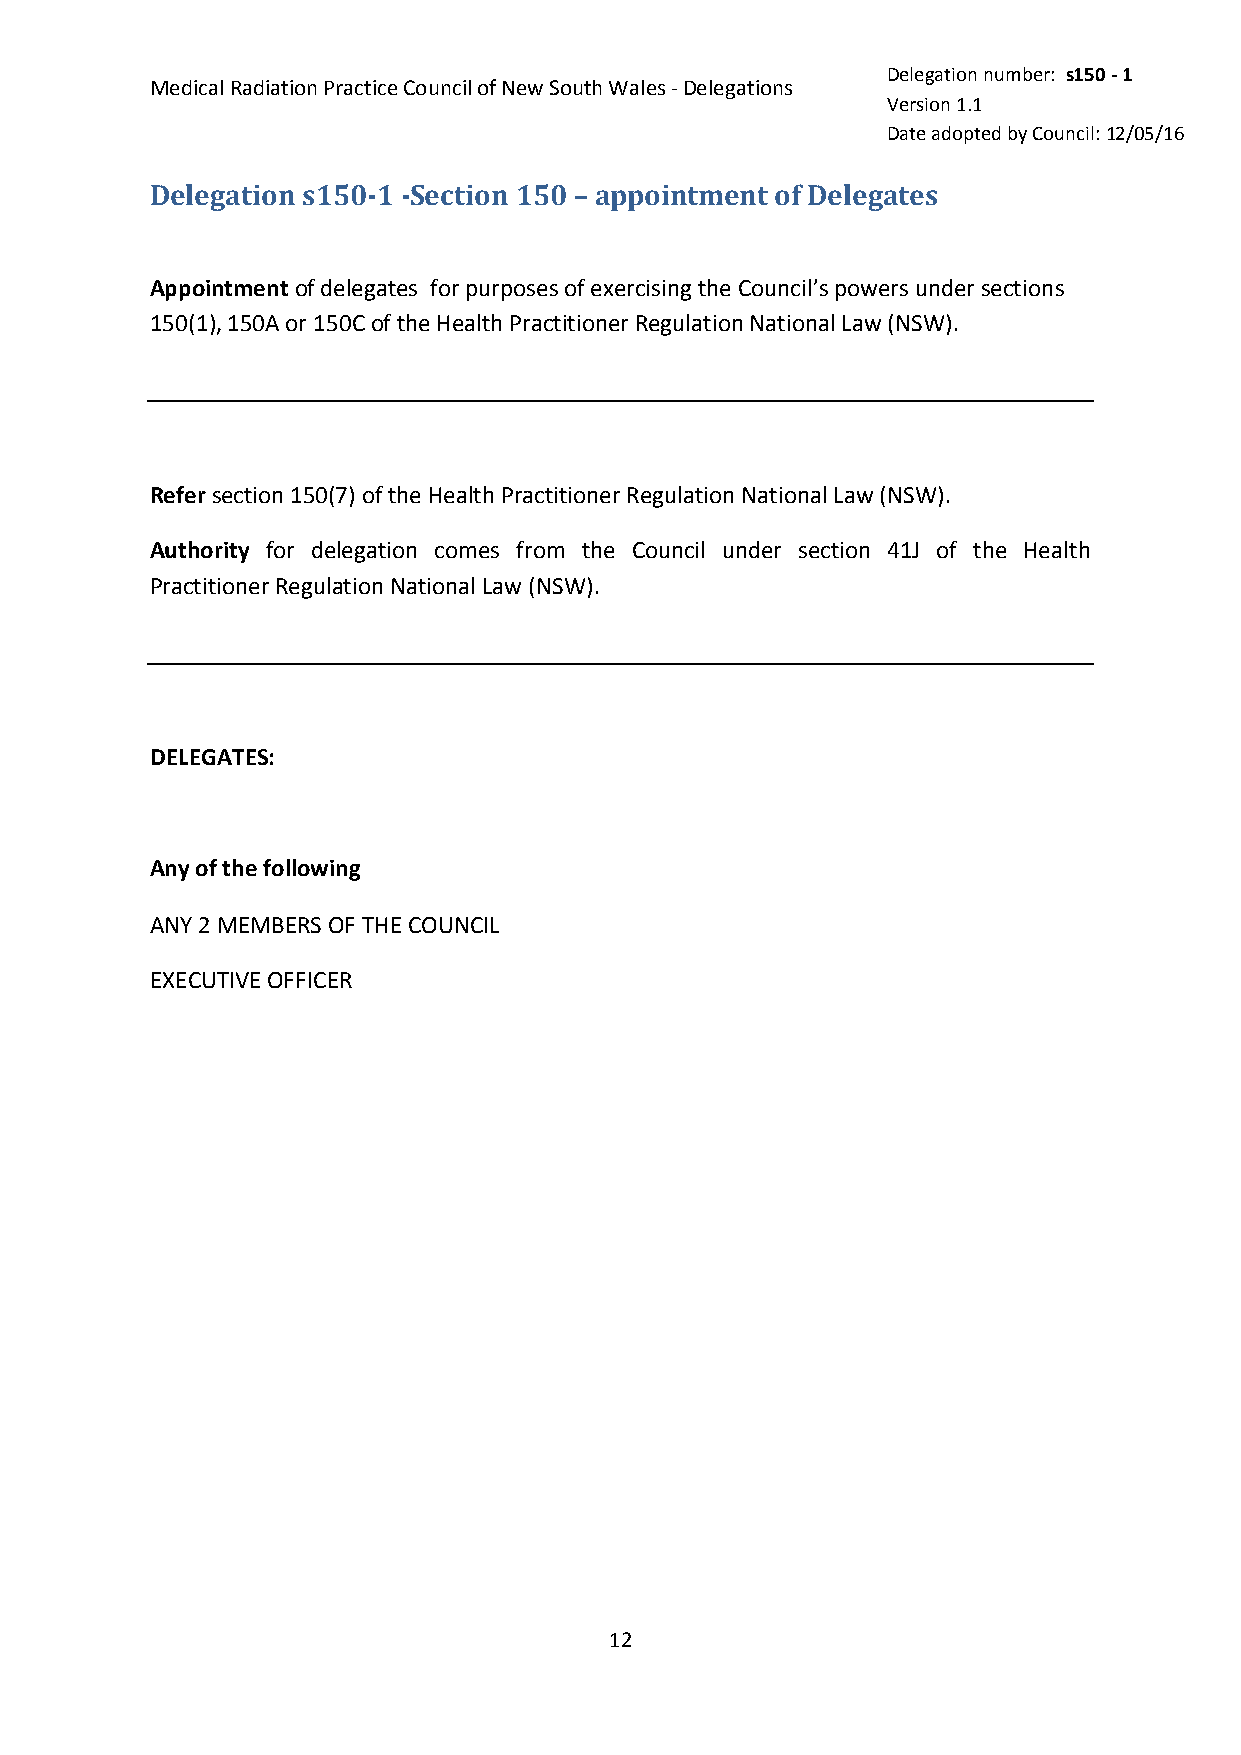
Delegation number: s150 - 1
 Medical Radiation Practice Council of New South Wales - Delegations
 Version 1.1
 Date adopted by Council: 12/05/16
 Delegation s150-1 -Section 150 – appointment of Delegates
 Appointment of delegates for purposes of exercising the Council’s powers under sections
 150(1), 150A or 150C of the Health Practitioner Regulation National Law (NSW).
 Refer section 150(7) of the Health Practitioner Regulation National Law (NSW).
 Authority for delegation comes from the Council under section 41J of the Health
 Practitioner Regulation National Law (NSW).
 DELEGATES:
 Any of the following
 ANY 2 MEMBERS OF THE COUNCIL
 EXECUTIVE OFFICER
 12